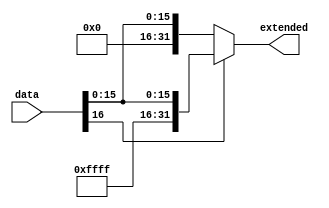
module sign_extend(data, extended);
	input wire[16:0] data;
	output wire[31:0] extended;
	
	assign extended =  data[16]? {15'b1111_1111_1111_111,data} : {15'b0,data};

endmodule